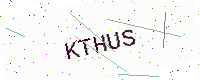
Text: KTHUS